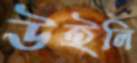
উইলি